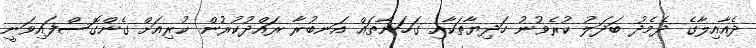
ދެއާއިލާގެ ދެމެދު ބަދަލު ކުރެވުނު ހަދިޔާތަކާއި ގަހަނާތައް އަނބުރާ ރައްދުކުރުން ކުރިއަށް ގެންގޮސްފައިވަނީ